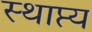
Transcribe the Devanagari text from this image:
स्थाप्त्य